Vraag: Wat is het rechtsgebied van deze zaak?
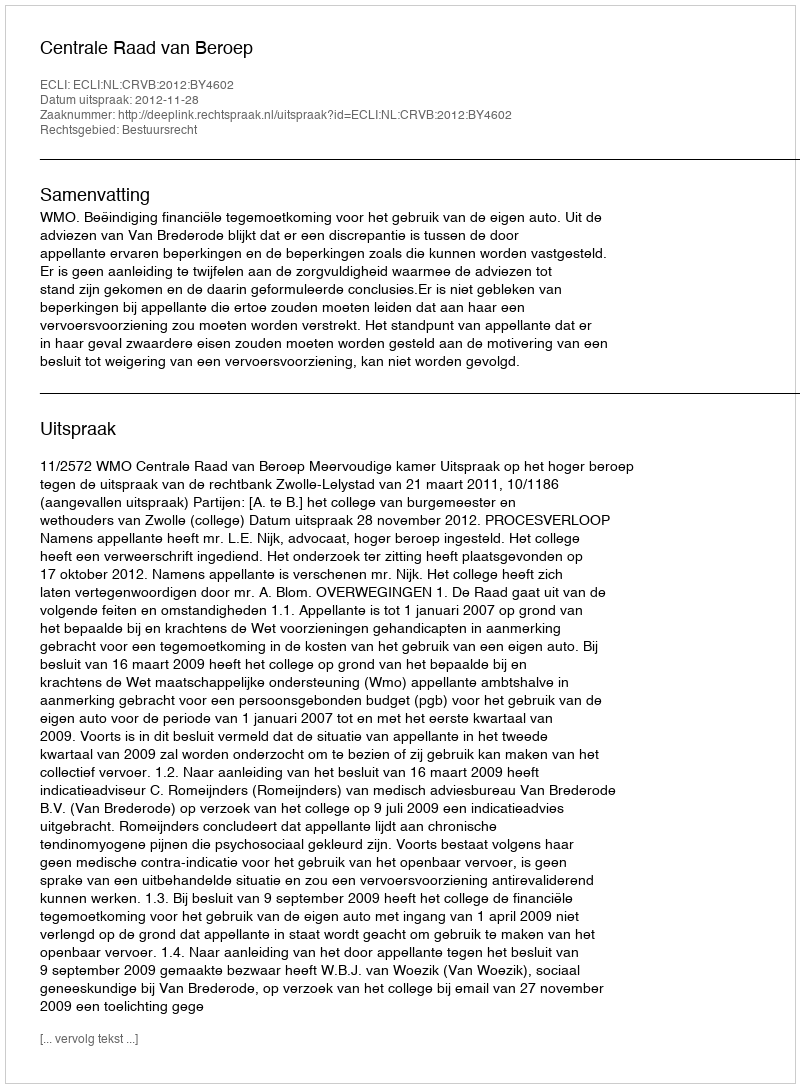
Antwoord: Bestuursrecht